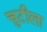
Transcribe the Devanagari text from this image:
चुटीला